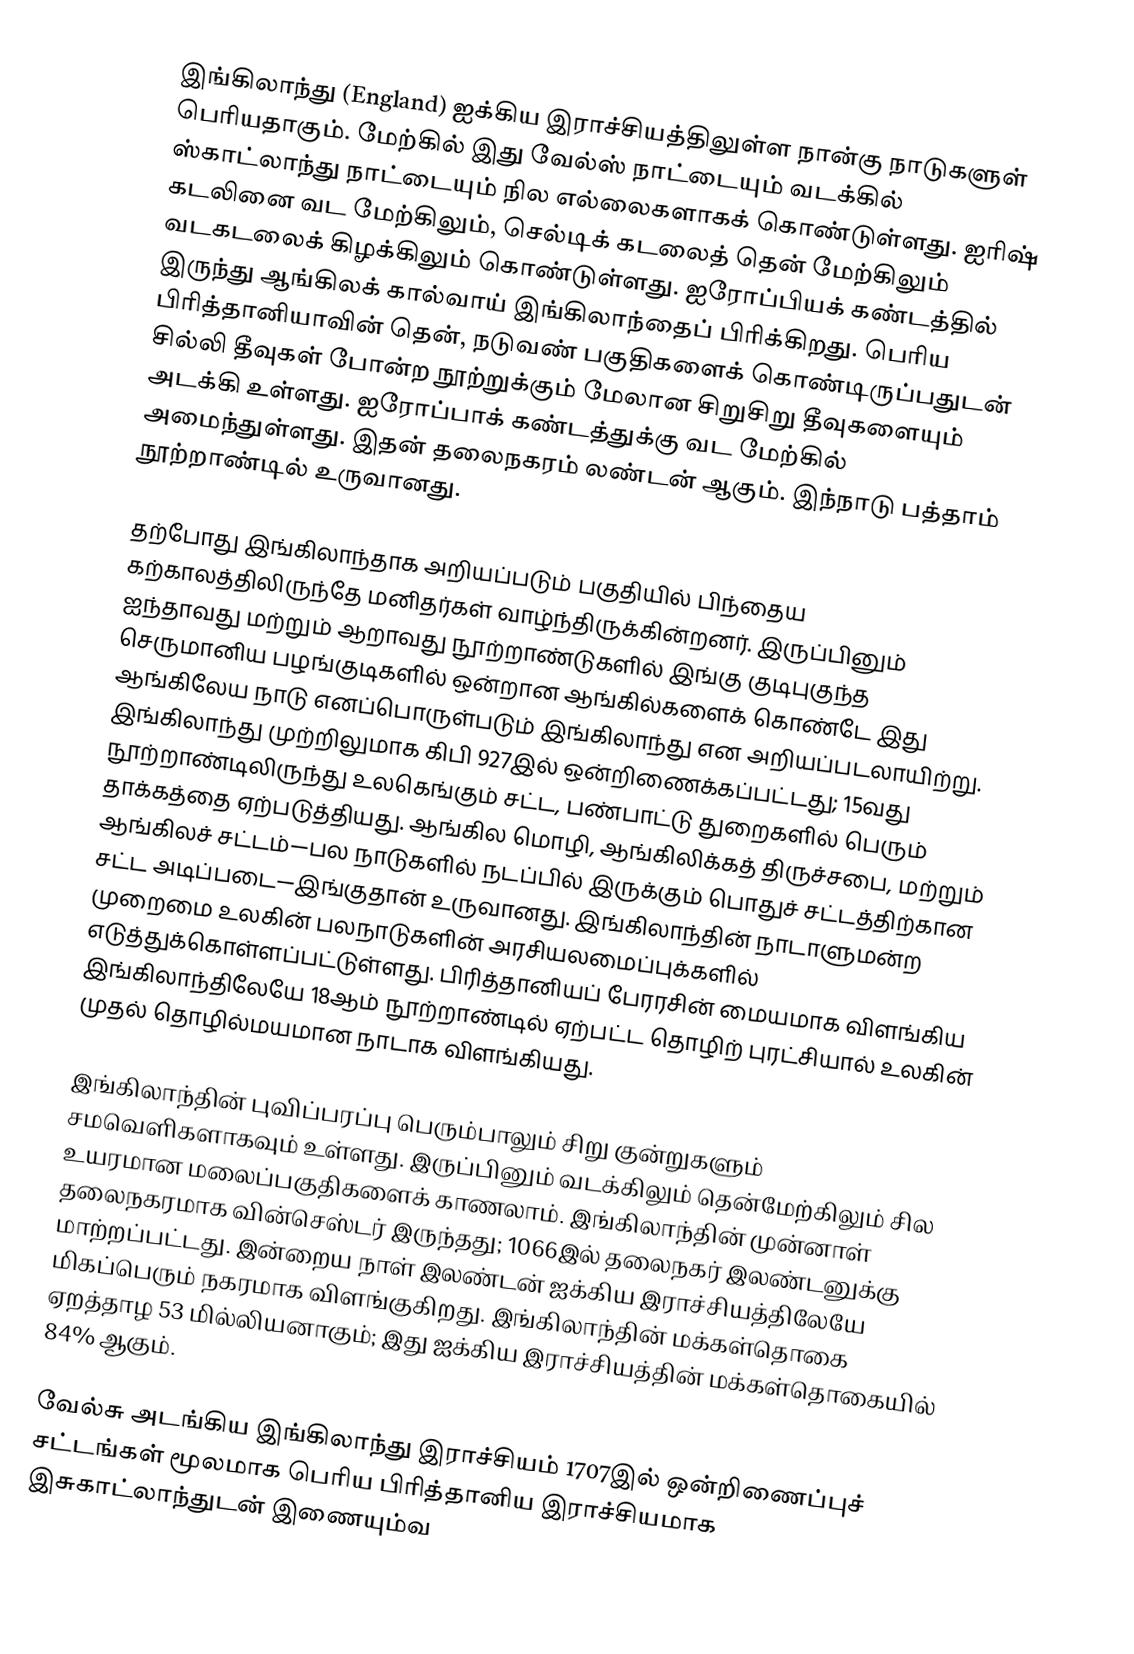
இங்கிலாந்து (England) ஐக்கிய இராச்சியத்திலுள்ள நான்கு நாடுகளுள் பெரியதாகும். மேற்கில் இது வேல்ஸ் நாட்டையும் வடக்கில் ஸ்காட்லாந்து நாட்டையும் நில எல்லைகளாகக் கொண்டுள்ளது. ஐரிஷ் கடலினை வட மேற்கிலும், செல்டிக் கடலைத் தென் மேற்கிலும்  வடகடலைக் கிழக்கிலும் கொண்டுள்ளது. ஐரோப்பியக் கண்டத்தில் இருந்து ஆங்கிலக் கால்வாய் இங்கிலாந்தைப் பிரிக்கிறது. பெரிய பிரித்தானியாவின் தென், நடுவண் பகுதிகளைக் கொண்டிருப்பதுடன் சில்லி தீவுகள் போன்ற நூற்றுக்கும் மேலான சிறுசிறு தீவுகளையும் அடக்கி உள்ளது. ஐரோப்பாக் கண்டத்துக்கு வட மேற்கில் அமைந்துள்ளது. இதன் தலைநகரம் லண்டன் ஆகும். இந்நாடு பத்தாம் நூற்றாண்டில் உருவானது.

தற்போது இங்கிலாந்தாக அறியப்படும் பகுதியில் பிந்தைய கற்காலத்திலிருந்தே மனிதர்கள் வாழ்ந்திருக்கின்றனர். இருப்பினும் ஐந்தாவது மற்றும் ஆறாவது நூற்றாண்டுகளில் இங்கு குடிபுகுந்த  செருமானிய பழங்குடிகளில் ஒன்றான ஆங்கில்களைக் கொண்டே இது ஆங்கிலேய நாடு எனப்பொருள்படும் இங்கிலாந்து என அறியப்படலாயிற்று. இங்கிலாந்து முற்றிலுமாக  கிபி 927இல் ஒன்றிணைக்கப்பட்டது; 15வது நூற்றாண்டிலிருந்து உலகெங்கும் சட்ட, பண்பாட்டு துறைகளில் பெரும் தாக்கத்தை ஏற்படுத்தியது. ஆங்கில மொழி,  ஆங்கிலிக்கத் திருச்சபை, மற்றும் ஆங்கிலச் சட்டம்—பல நாடுகளில் நடப்பில் இருக்கும் பொதுச் சட்டத்திற்கான சட்ட அடிப்படை—இங்குதான் உருவானது. இங்கிலாந்தின் நாடாளுமன்ற முறைமை  உலகின் பலநாடுகளின் அரசியலமைப்புக்களில் எடுத்துக்கொள்ளப்பட்டுள்ளது. பிரித்தானியப் பேரரசின் மையமாக விளங்கிய இங்கிலாந்திலேயே 18ஆம் நூற்றாண்டில்  ஏற்பட்ட தொழிற் புரட்சியால் உலகின் முதல் தொழில்மயமான நாடாக விளங்கியது.

இங்கிலாந்தின் புவிப்பரப்பு பெரும்பாலும் சிறு குன்றுகளும் சமவெளிகளாகவும் உள்ளது. இருப்பினும் வடக்கிலும் தென்மேற்கிலும் சில உயரமான மலைப்பகுதிகளைக் காணலாம். இங்கிலாந்தின் முன்னாள் தலைநகரமாக வின்செஸ்டர் இருந்தது; 1066இல் தலைநகர் இலண்டனுக்கு மாற்றப்பட்டது. இன்றைய நாள் இலண்டன் ஐக்கிய இராச்சியத்திலேயே மிகப்பெரும் நகரமாக விளங்குகிறது. இங்கிலாந்தின் மக்கள்தொகை  ஏறத்தாழ 53 மில்லியனாகும்; இது ஐக்கிய இராச்சியத்தின் மக்கள்தொகையில் 84% ஆகும்.

வேல்சு அடங்கிய இங்கிலாந்து இராச்சியம் 1707இல் ஒன்றிணைப்புச் சட்டங்கள் மூலமாக பெரிய பிரித்தானிய இராச்சியமாக இசுகாட்லாந்துடன் இணையும்வ